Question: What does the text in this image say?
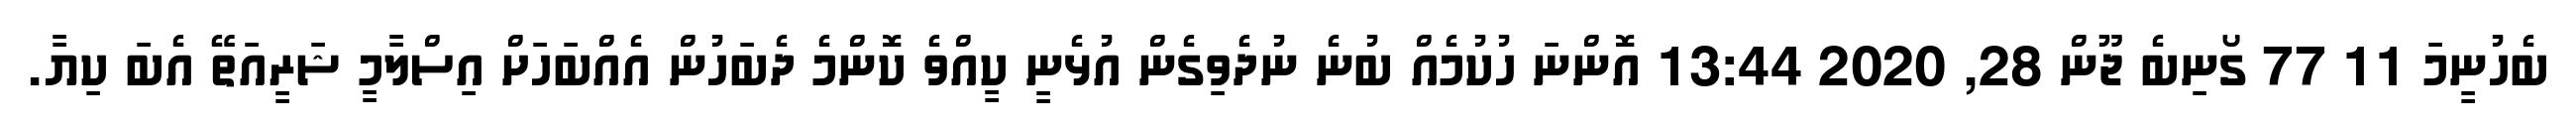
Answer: ބެހުނީމަ 11 77 ގޯނިބެ ޖޫން 28, 2020 13:44 އޮންނަ ހުކުމެއް ބުނެ ނުދެވިގެން އުޅެނީ ކީއްވެ ކޮންމެ ދެބަހުން އެއްބަހަށް އިސްލާމީ ޝަރީއަތޭ އެބަ ކިޔާ.